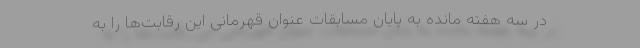
در سه هفته مانده به پایان مسابقات عنوان قهرمانی این رقابت‌ها را به